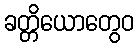
ခတ္တိယောတွေဝ